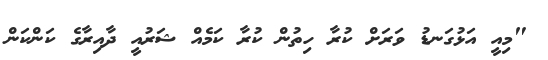
"މިއީ އަޅުގަނޑު ވަރަށް ކުރާ ހިތުން ކުރާ ކަމެއް ޝަރުއީ ދާއިރާގެ ކަންކަން